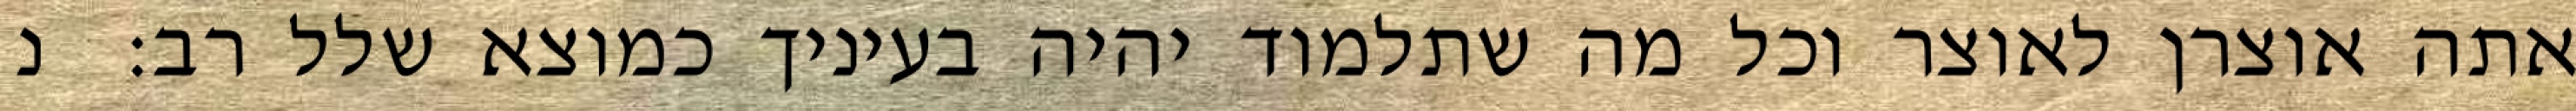
אתה אוצרן לאוצר וכל מה שתלמוד יהיה בעיניך כמוצא שלל רב:  נ